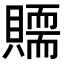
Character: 𧸀